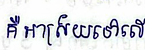
គឺអាស្រ័យទៅលើ